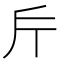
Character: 𭤟